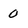
Character: 0